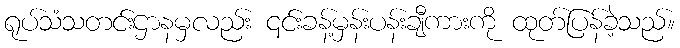
ရုပ်သံသတင်းဌာနမှလည်း ၎င်းခန့်မှန်းပန်းချီကားကို ထုတ်ပြန်ခဲ့သည်။